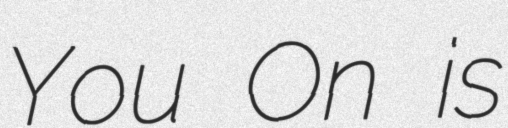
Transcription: You On is